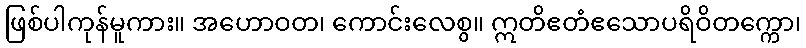
ဖြစ်ပါကုန်မူကား။ အဟောဝတ၊ ကောင်းလေစွ။ ဣတိဧတံဧသောပရိဝိတက္ကော၊